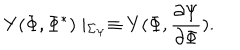
LaTeX: Y ( \Phi , \Phi ^ { \ast } ) \mid _ { \Sigma _ { \Psi } } \equiv Y ( \Phi , \frac { \partial \Psi } { \partial \Phi } ) .